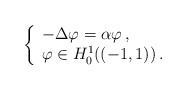
\begin{align*} \left\{ \begin{array}{lll} -\Delta \varphi =\alpha \varphi \,, & \ \\ \varphi \in H^1_0((-1,1)) \, . & \ \end{array} \right. \end{align*}